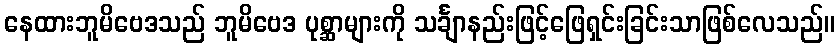
နေထားဘူမိဗေဒသည် ဘူမိဗေဒ ပုစ္ဆာများကို သင်္ချာနည်းဖြင့်ဖြေရှင်းခြင်းသာဖြစ်လေသည်။